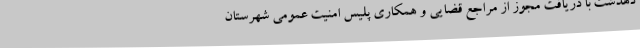
دهدشت با دریافت مجوز از مراجع قضایی و همکاری پلیس امنیت عمومی شهرستان